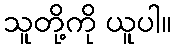
သူတို့ကို ယူပါ။